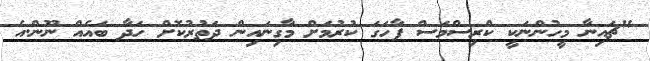
"ޗައިނާ މީހުންނަކީ ކްރިސްމަސް ފާހަގަ ކުރުމަށް މާގިނައިން ދަތުރުކޮށް ހަދާ ބައެއް ނޫން.އެ